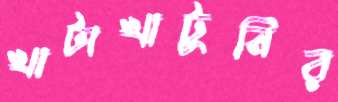
খাটাখাটুনির